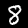
Digit: 8